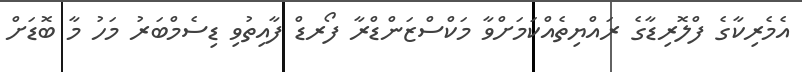
އެމެރިކާގެ ފްލޮރިޑާގެ ރައްޔިތެއްކަމަށްވާ މަކްސްޒަންޑްރާ ފޯރޑް ފާއިތުވި ޑިސެމްބަރު މަހު މާ ބޮޑަށް